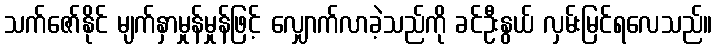
သက်ဇော်နိုင် မျက်နှာမှုန်မှုန်ဖြင့် လျှောက်လာခဲ့သည်ကို ခင်ဦးနွယ် လှမ်းမြင်ရလေသည်။